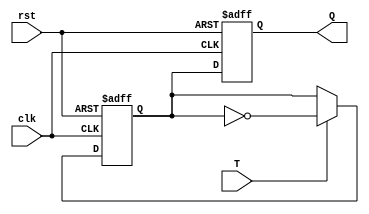
module T_FF (
    input T,
    input clk,
    input rst,
    output reg Q
);

reg D1, D2;

// Master flip-flop
always @(posedge clk or posedge rst)
begin
    if (rst)
        D1 <= 1'b0;
    else if (T)
        D1 <= ~D1;
end

// Slave flip-flop
always @(negedge clk or posedge rst)
begin
    if (rst)
        D2 <= 1'b0;
    else
        D2 <= D1;
end

assign Q = D2;

endmodule